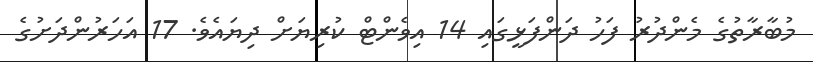
މުބާރާތުގެ މެންދުރު ފަހު ދަންފަޅީގައި 14 އިވެންޓް ކުރިޔަށް ދިޔައެވެ. 17 އަހަރުންދަށުގެ